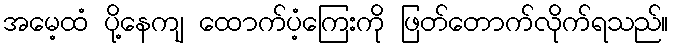
အမေ့ထံ ပို့နေကျ ထောက်ပံ့ကြေးကို ဖြတ်တောက်လိုက်ရသည်။